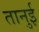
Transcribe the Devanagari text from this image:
तानुई